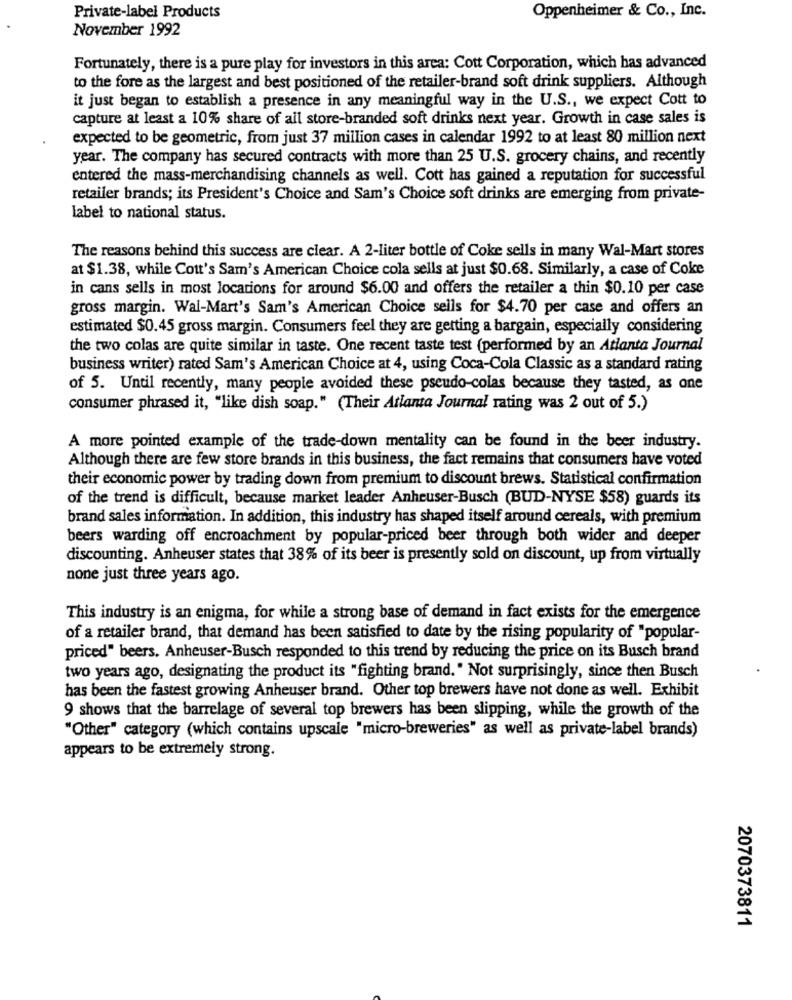
Oppenheimer & Co ., Inc.
Private-label Products
November 1992
Fortunately, there is a pure play for investors in this area: Cott Corporation, which has advanced
to the fore as the largest and best positioned of the retailer-brand soft drink suppliers. Although
it just began to establish a presence in any meaningful way in the U.S ., we expect Cott to
capture at least a 10% share of all store-branded soft drinks next year. Growth in case sales is
expected to be geometric, from just 37 million cases in calendar 1992 to at least 80 million next
year. The company has secured contracts with more than 25 U.S. grocery chains, and recently
entered the mass-merchandising channels as well. Cott has gained a reputation for successful
retailer brands; its President's Choice and Sam's Choice soft drinks are emerging from private-
label to national status.
The reasons behind this success are clear. A 2-liter bottle of Coke sells in many Wal-Mart stores
at $1.38, while Cott's Sam's American Choice cola sells at just $0.68. Similarly, a case of Coke
in cans sells in most locations for around $6.00 and offers the retailer a thin $0.10 per case
gross margin. Wal-Mart's Sam's American Choice sells for $4.70 per case and offers an
estimated $0.45 gross margin. Consumers feel they are getting a bargain, especially considering
the two colas are quite similar in taste. One recent taste test (performed by an Atlanta Journal
business writer) rated Sam's American Choice at 4, using Coca-Cola Classic as a standard rating
of 5. Until recently, many people avoided these pseudo-colas because they tasted, as one
consumer phrased it, "like dish soap." (Their Atlanta Journal rating was 2 out of 5.)
A more pointed example of the trade-down mentality can be found in the beer industry.
Although there are few store brands in this business, the fact remains that consumers have voted
their economic power by trading down from premium to discount brews. Statistical confirmation
of the trend is difficult, because market leader Anheuser-Busch (BUD-NYSE $58) guards its
brand sales information. In addition, this industry has shaped itself around cereals, with premium
beers warding off encroachment by popular-priced beer through both wider and deeper
discounting. Anheuser states that 38% of its beer is presently sold on discount, up from virtually
none just three years ago.
This industry is an enigma, for while a strong base of demand in fact exists for the emergence
of a retailer brand, that demand has been satisfied to date by the rising popularity of "popular-
priced" beers. Anheuser-Busch responded to this trend by reducing the price on its Busch brand
two years ago, designating the product its "fighting brand. " Not surprisingly, since then Busch
has been the fastest growing Anheuser brand. Other top brewers have not done as well. Exhibit
9 shows that the barrelage of several top brewers has been slipping, while the growth of the
"Other" category (which contains upscale "micro-breweries" as well as private-label brands)
appears to be extremely strong.
2070373811